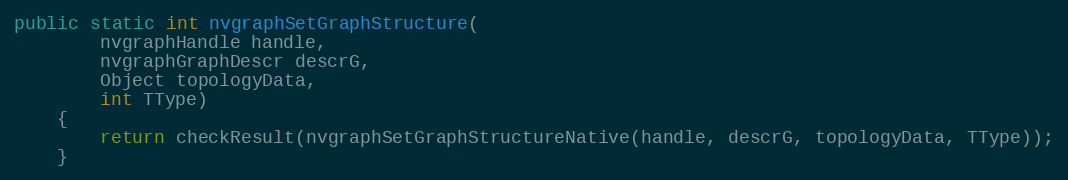
Language: Java
public static int nvgraphSetGraphStructure(
        nvgraphHandle handle,
        nvgraphGraphDescr descrG,
        Object topologyData,
        int TType)
    {
        return checkResult(nvgraphSetGraphStructureNative(handle, descrG, topologyData, TType));
    }